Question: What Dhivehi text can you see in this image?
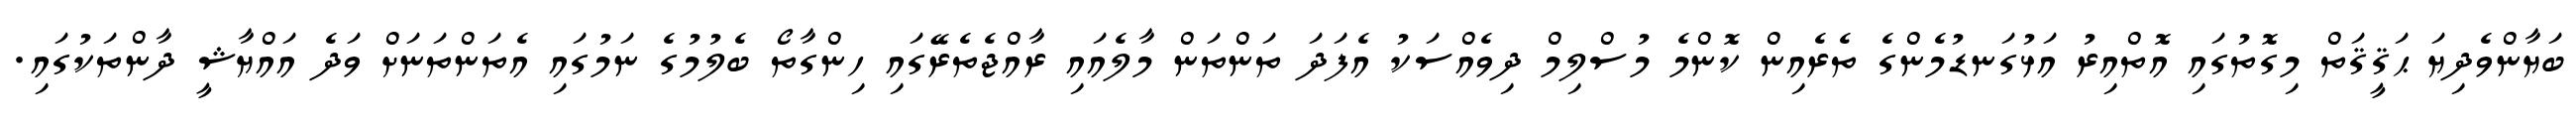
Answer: ބަޔާންވެދިޔަ ޙަޤީޤަތް މިގޮތުގައި އޮތްއިރު އަޅުގަނޑުމެންގެ ތެރެއިން ކޮންމެ މުސްލިމް ދިވެއްސަކު އެފަދަ ތަންތަން މާލެއައި ރާއްޖެތެރޭގައި ހިންގާތޯ ބެލުމުގެ ނަމުގައި އެތަންތަނަށް ވަދެ އައްޔާޝީ ދާންތަކުގައި.